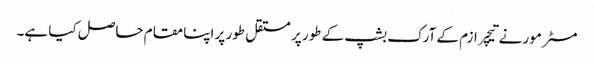
مسٹر مور نے تیچر ازم کے آرک بشپ کے طور پر مستقل طور پر اپنا مقام حاصل کیا ہے۔